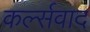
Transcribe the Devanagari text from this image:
कर्ल्सवाद